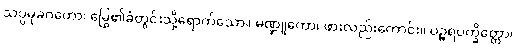
သပ္ပမုခဂတော၊ မြွေ၏ခံတွင်းသို့ရောက်သော။ မဏ္ဍူကော၊ ဖားလည်းကောင်း။ ပဉ္ဇရပက္ခိတ္တော၊